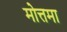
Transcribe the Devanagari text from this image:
मोत्तमा